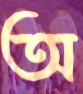
অ